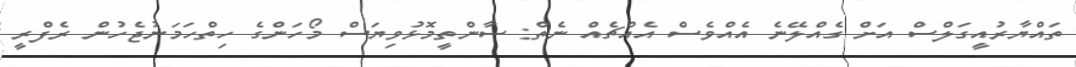
ތައްޔާރުއީގަލްސް އަށް ގެއްލޭނެ އެއްވެސް އެއްޗެއް ނެތް: ސާންތީމޮޅުވިޔަސް މޯހަންގެ ހިތްހަމަނުޖެހުން ރެފްރީ